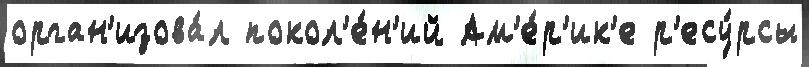
орган'изова́л покол'е́н'ий Ам'е́р'ик'е р'есу́рсы